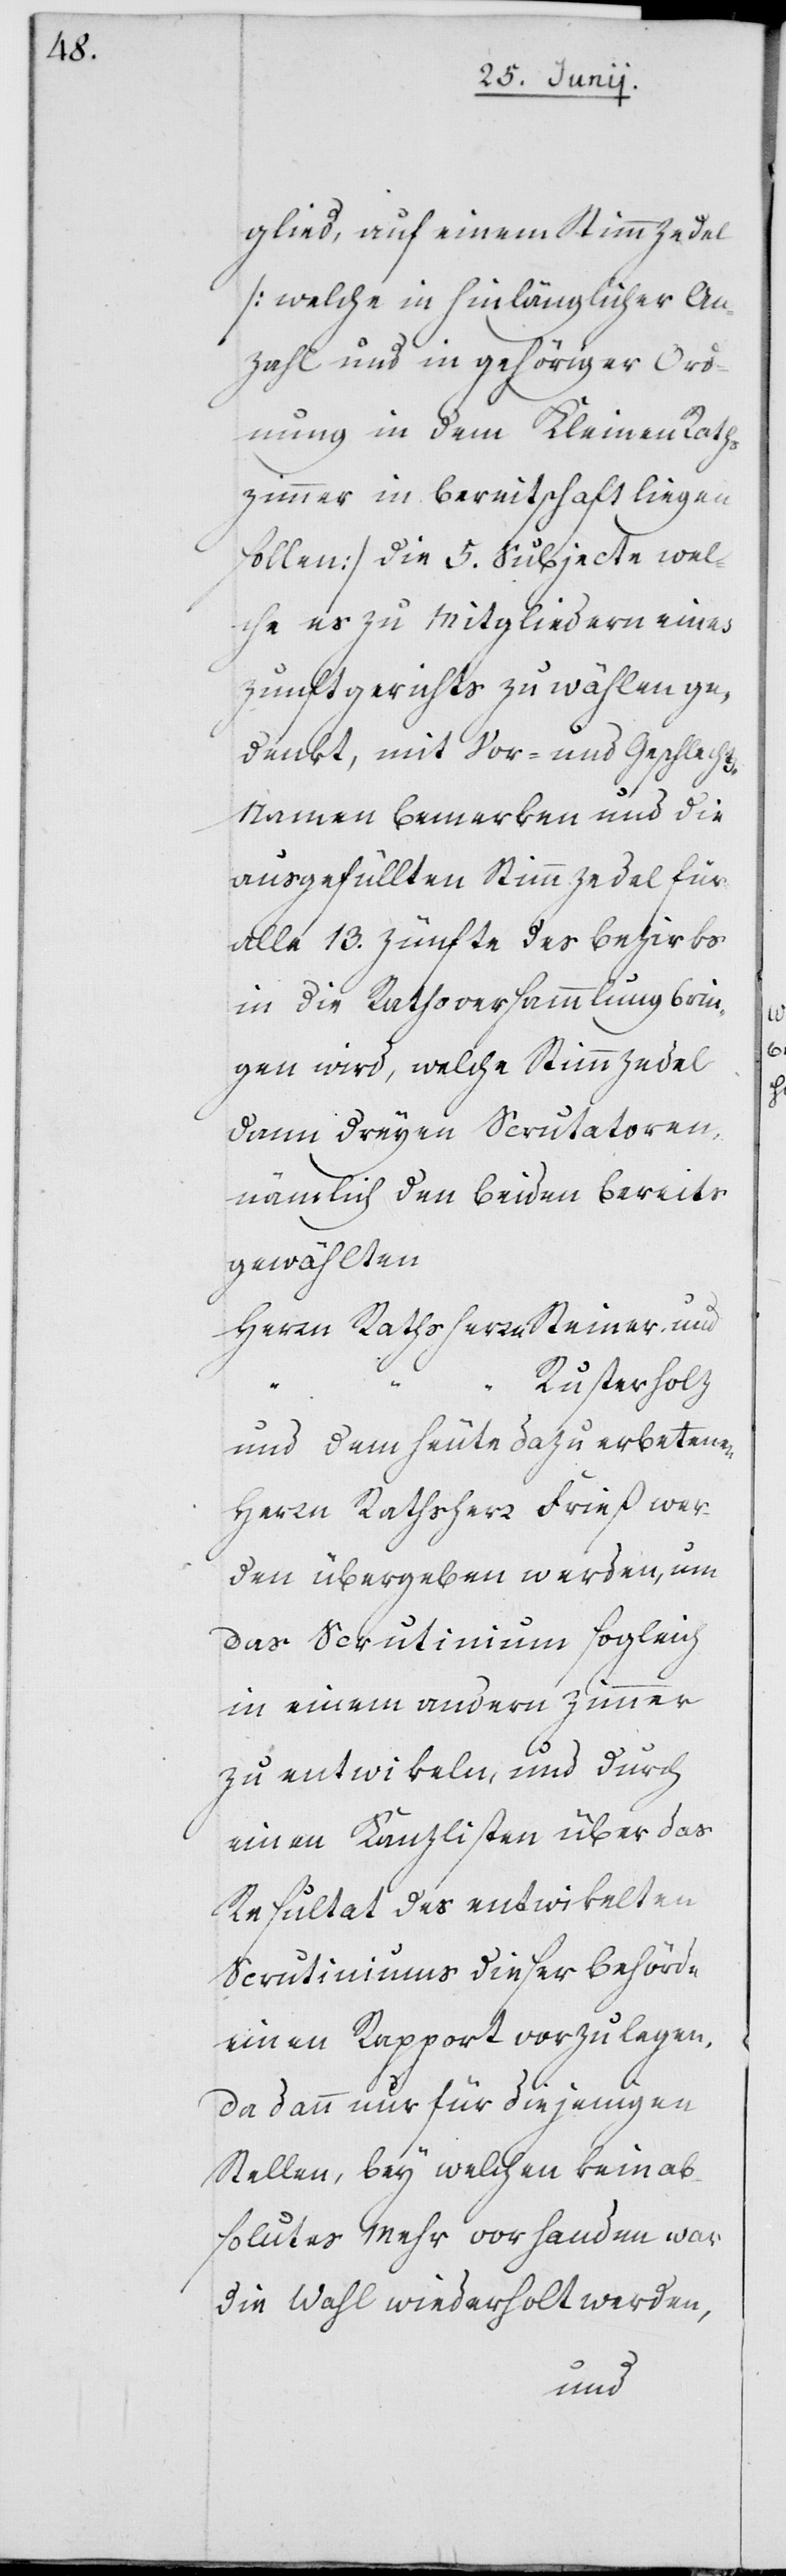
glied, auf einem Stimmzedel
[welche in hinlänglicher An¬
zahl und in gehöriger Ord¬
nung in dem Kleinen Raths
Zimmer in Bereitschaft liegen
sollen], die 5. Subjecte wel¬
che es zu Mitgliedern eines
Zunftgerichts zu wählen ge¬
denkt, mit Vor- und Geschlecht¬
s-Namen bemerken und die
ausgefüllten Stimmzedel für
alle 13. Zünfte des Bezirks
in die Rathsversammlung brin¬
gen wird, welche Stimmzedel
dann dreyen Scrutatoren,
nämlich den beiden bereits
gewählten
Herrn Rathsherrn Steiner, und
“ Rusterholz
und dem heute dazu erbetenen
Herrn Rathsherr Frieß wer¬
den übergeben werden, um
das Scrutinium sogleich
in einem andern Zimmer
zu entwikeln, und durch
einen Kanzlisten über das
Resultat des entwikelten
Scrutiniums dieser Behörde
einen Rapport vorzulegen.
Da dann nur für diejenigen
Stellen, bey welchen kein ab¬
solutes Mehr vorhanden war
die Wahl wiederholt werden,